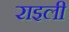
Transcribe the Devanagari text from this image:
राइली